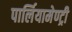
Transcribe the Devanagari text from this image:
पार्लियामेण्ट्री